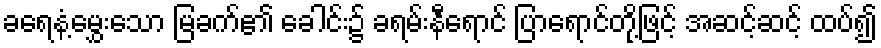
ခရေနံ့မွှေးသော မြခက်၏ ခေါင်း၌ ခရမ်းနီရောင် ပြာရောင်တို့ဖြင့် အဆင့်ဆင့် ထပ်၍